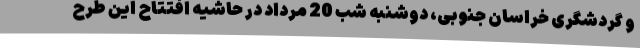
و گردشگری خراسان جنوبی، دوشنبه شب 20 مرداد در حاشیه افتتاح این طرح